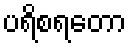
ပရိစရတော